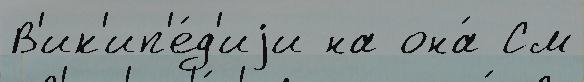
В'ик'ип'е́д'иjи на она́ См